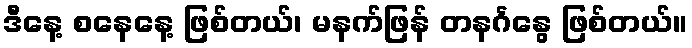
ဒီနေ့ စနေနေ့ ဖြစ်တယ်၊ မနက်ဖြန် တနင်္ဂနွေ ဖြစ်တယ်။